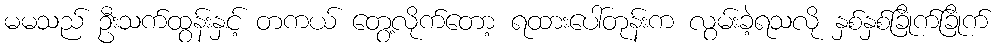
မမသည် ဦးသက်ထွန်းနှင့် တကယ် တွေ့လိုက်တော့ ရထားပေါ်တုန်းက လွမ်းခဲ့ရသလို နှစ်နှစ်ခြိုက်ခြိုက်